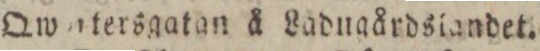
Qwntersgatan å Ladugårdslandet.